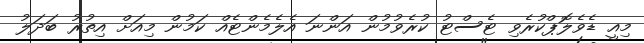
މިއީ ޑެވެލޮޕްކުރެވި ޓެސްޓު ކުރެވުމުން އަންނަ އެލެމެންޓެއް ކަމުން މިއަށް އިތުރު ބަދަލު